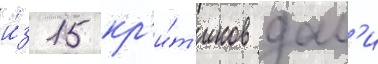
и́з 15 кр'и́т'иков дал'и